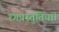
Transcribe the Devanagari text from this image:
रंगप्रस्तुतियां।